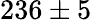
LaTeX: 236\pm 5